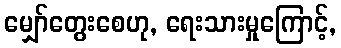
မျှော်တွေးစေဟု, ရေးသားမှုကြောင့်,